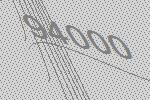
94000